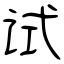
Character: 试